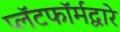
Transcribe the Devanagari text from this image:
प्लॅटफॉर्मद्वारे